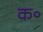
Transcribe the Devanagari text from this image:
क॰